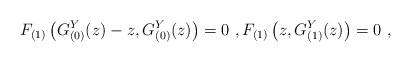
LaTeX: \begin{align*}F_{(1)}\left(G_{(0)}^Y(z)-z,G_{(0)}^Y(z)\right)=0\ ,F_{(1)}\left(z,G_{(1)}^Y(z)\right)=0\ ,\end{align*}